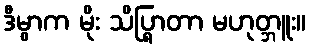
ဒီမွာက မိုး သိပ္ရြာတာ မဟုတ္ဘူး။